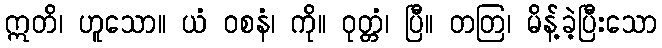
ဣတိ၊ ဟူသော။ ယံ ဝစနံ၊ ကို။ ဝုတ္တံ၊ ပြီ။ တတြ၊ မိန့်ခဲ့ပြီးသော